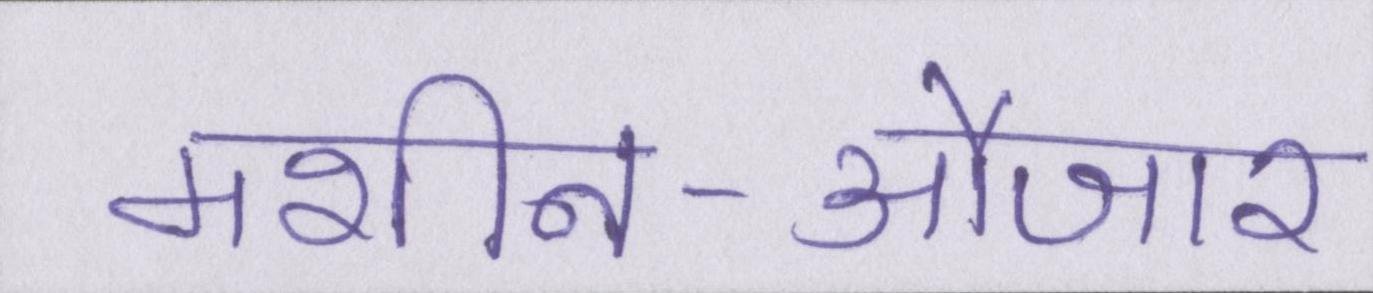
मशीन-औजार